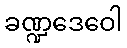
ခဏ္ဍဒေဝေါ